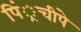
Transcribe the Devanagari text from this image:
पिं्रचीपे